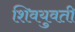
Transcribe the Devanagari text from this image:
शिवयुवती